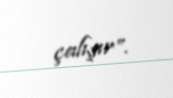
çalışır”.